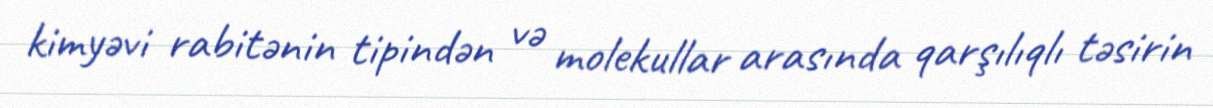
kimyəvi rabitənin tipindən və molekullar arasında qarşılıqlı təsirin